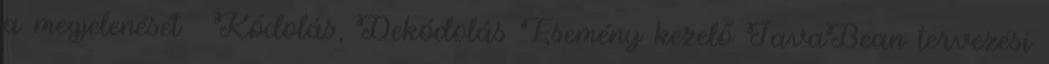
a megjelenését  Kódolás, Dekódolás Esemény kezelő JavaBean tervezési